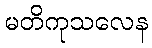
မတိကုသလေန